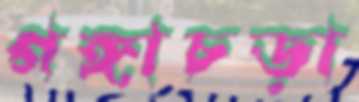
গঙ্গাচড়া